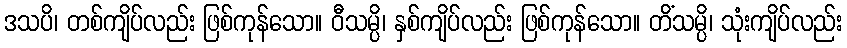
ဒသပိ၊ တစ်ကျိပ်လည်း ဖြစ်ကုန်သော။ ဝီသမ္ပိ၊ နှစ်ကျိပ်လည်း ဖြစ်ကုန်သော။ တိံသမ္ပိ၊ သုံးကျိပ်လည်း